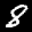
Label: 8